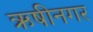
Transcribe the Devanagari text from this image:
ऋषीनगर